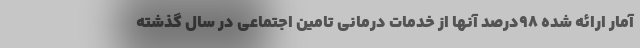
آمار ارائه شده ۹۸درصد آنها از خدمات درمانی تامین اجتماعی در سال گذشته